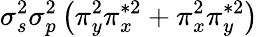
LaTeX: \sigma_{s}^{2}\sigma_{p}^{2}\left(\pi_{y}^{2}\pi_{x}^{*2}+\pi_{x}^{2}\pi_{y}^{*2}\right)